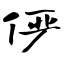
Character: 俨